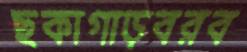
ছকাগাড়বরব